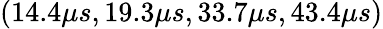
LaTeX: (14.4\mu s,19.3\mu s,33.7\mu s,43.4\mu s)